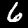
Digit: 6